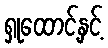
ရှုထောင့်နှင့်